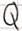
Text: Q